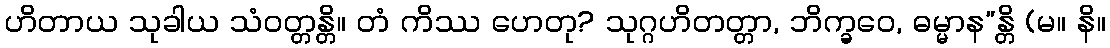
ဟိတာယ သုခါယ သံဝတ္တန္တိ။ တံ ကိဿ ဟေတု? သုဂ္ဂဟိတတ္တာ, ဘိက္ခဝေ, ဓမ္မာန”န္တိ (မ။ နိ။